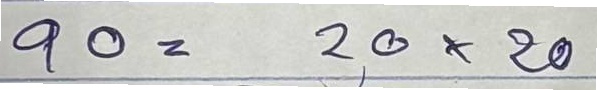
90 = 20x20